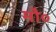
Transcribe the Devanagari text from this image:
मौ०